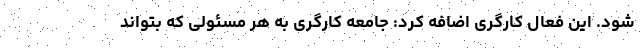
شود. این فعال کارگری اضافه کرد: جامعه کارگری به هر مسئولی که بتواند